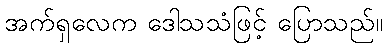
အက်ရှလေက ဒေါသသံဖြင့် ပြောသည်။